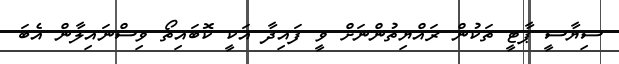
ސިޔާސީ ޕާޓީ ތަކުން ރައްޔިތުންނަށް ވީ ފައިދާ އަކީ ކޮބައިތޯ ވިސްނައިލާން އެބަ